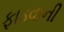
ફાડવાની